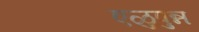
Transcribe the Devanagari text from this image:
एळुपुन्न